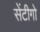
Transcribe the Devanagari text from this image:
सेंटीगो